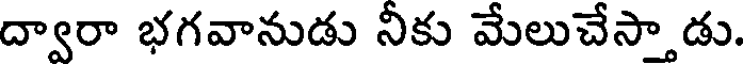
ద్వారా భగవానుడు నికు మేలుచేస్తాడు.